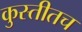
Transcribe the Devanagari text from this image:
कुस्तीतच